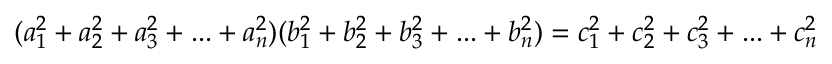
( a _ { 1 } ^ { 2 } + a _ { 2 } ^ { 2 } + a _ { 3 } ^ { 2 } + . . . + a _ { n } ^ { 2 } ) ( b _ { 1 } ^ { 2 } + b _ { 2 } ^ { 2 } + b _ { 3 } ^ { 2 } + . . . + b _ { n } ^ { 2 } ) = c _ { 1 } ^ { 2 } + c _ { 2 } ^ { 2 } + c _ { 3 } ^ { 2 } + . . . + c _ { n } ^ { 2 }